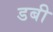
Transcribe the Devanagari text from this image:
डबी